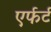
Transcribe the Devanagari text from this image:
एर्फर्ट